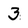
Character: 3